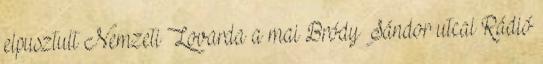
elpusztult Nemzeti Lovarda a mai Bródy Sándor utcai Rádió